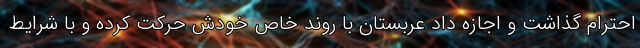
احترام گذاشت و اجازه داد عربستان با روند خاص خودش حرکت کرده و با شرایط